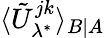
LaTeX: \langle\tilde{U}_{\lambda^{*}}^{jk}\rangle_{B|A}